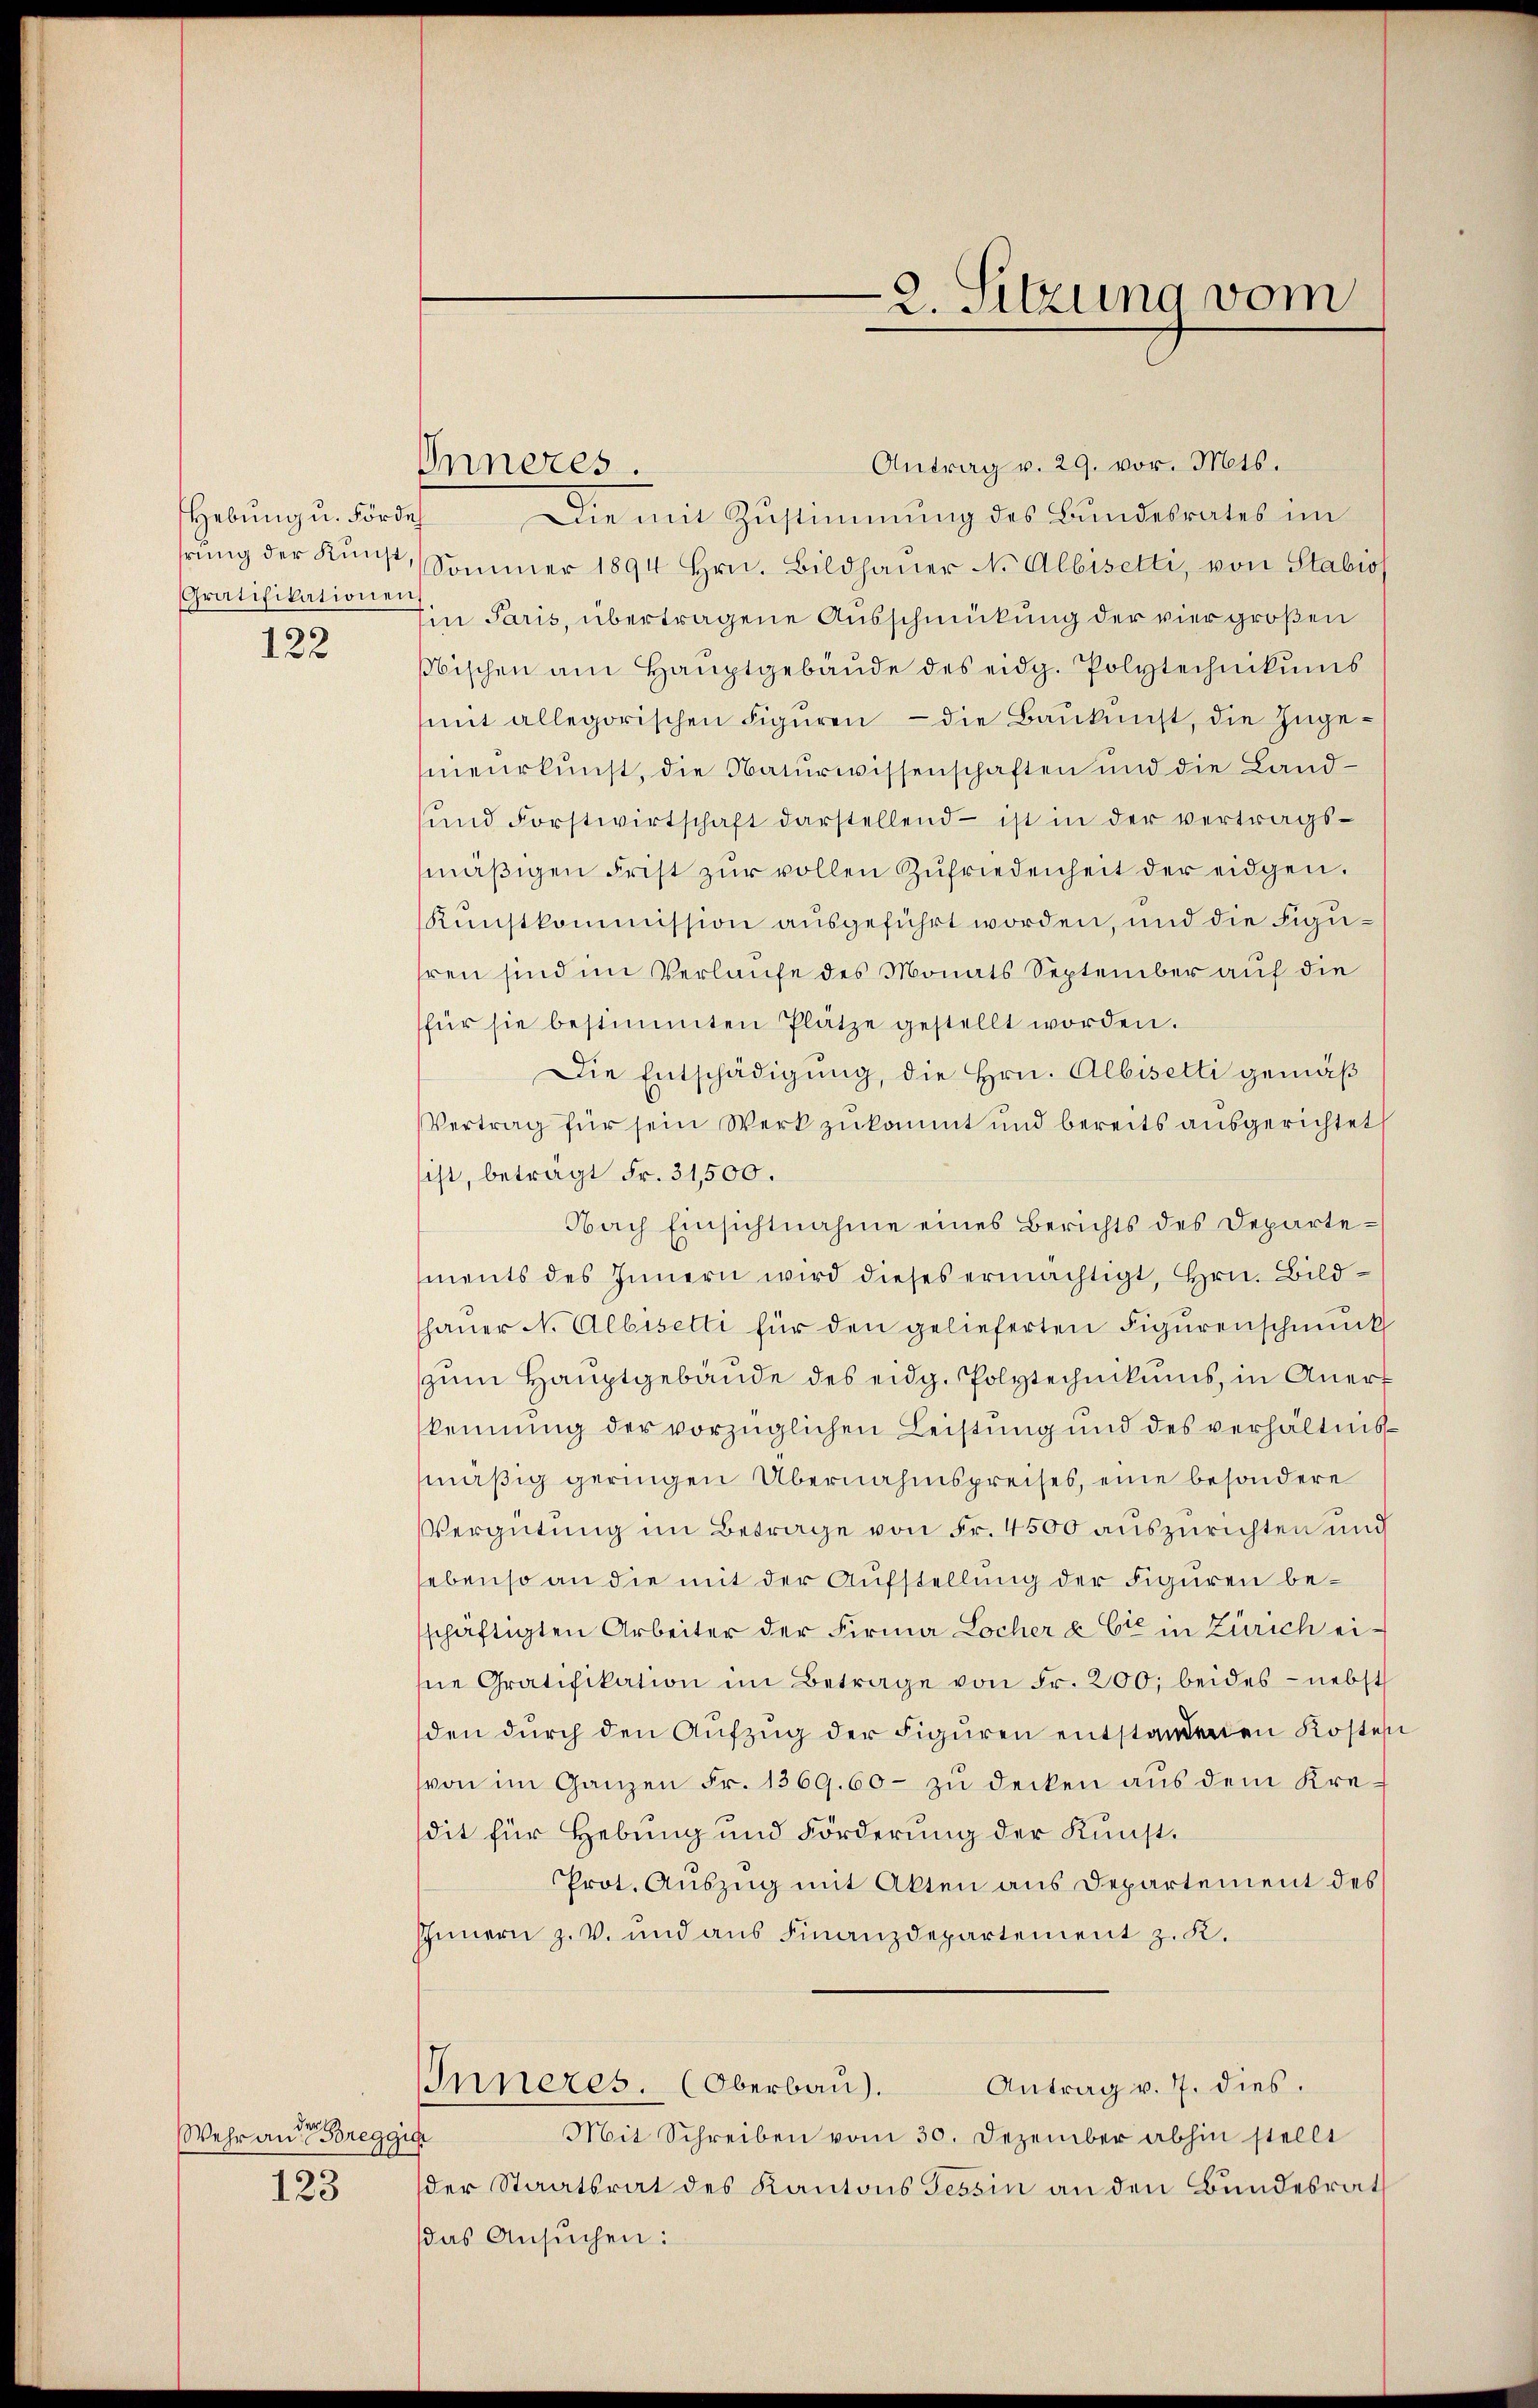
Hebung u. Förde
Gratifikationen

122

der
Wehr an Breggis
123

Antrag v. 29. vor. Mts.
Die mit Zustimmung des Bundesrates im
hrŭng der Kunst, Sommer 1894 hrn. Bildhaŭer N. Albisetti, von Stabios
Ein Paris, übertragene Ausschmückung der vier großen
sischen am Hauptgebäŭde des eidg. Polytechnikums
mit allegorischen Figuren - die Baukunst, die Ingenieurkunst, die Naturwissenschaften und die Land¬
und Forstwirtschaft darstellend – ist in der vertragsmäβigen Frist zŭr vollen Zŭfriedenheit der eidgen.
Kunstkommission ausgeführt worden, und die Figuhren sind im Verlaufe des Monats September auf die
für sie bestimmten Plätze gestellt worden.
Die Entschädigung, die Hrn. Albisetti gemäß
Vertrag für sein Werk zukommt und bereits ausgerichtet,
sist, beträgt Fr. 31,500.
Nach Einsichtnahme eines Berichts des Departements des Innern wird dieses ermächtigt, Hrn. Bildhaŭer N. Albisetti für den gelieferten Figurenschmuck
zum Hauptgebäude des eidg. Polytechnikums, in Anerkennung der vorzüglichen Leistung und des verhältnismäßig geringen Übernahmspreises, eine besondere
Vergütung im Betrage von Fr. 4500 auszurichten und
sebenso an die mit der Aufstellung der Figuren beschäftigten Arbeiter der Firma Locher & Cie in Zürich ei-
hne Gratifikation im Betrage von Fr. 200, beides - nebst
den durch den Aŭfzŭg der Figuren entstandenen Kosten
von im Ganzen Fr. 1369. 60 - zu decken aus dem Kredit für Hebung und Förderung der Kunst¬
Prot. Auszug mit Akten aus Departement des
Innern z. V. und aus Finanzdepartement z. K.
Antrag v. J. dies.
Inneres. (Oberbau).
Mit Schreiben vom 30. Dezember abhin stellt
der Staatsrat des Kantons Tessin an den Bundesrat
das Ansuchen:

Inneres.

2. Sitzung vom